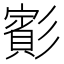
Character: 𫴑